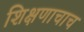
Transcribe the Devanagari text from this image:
शिक्षणाचाच